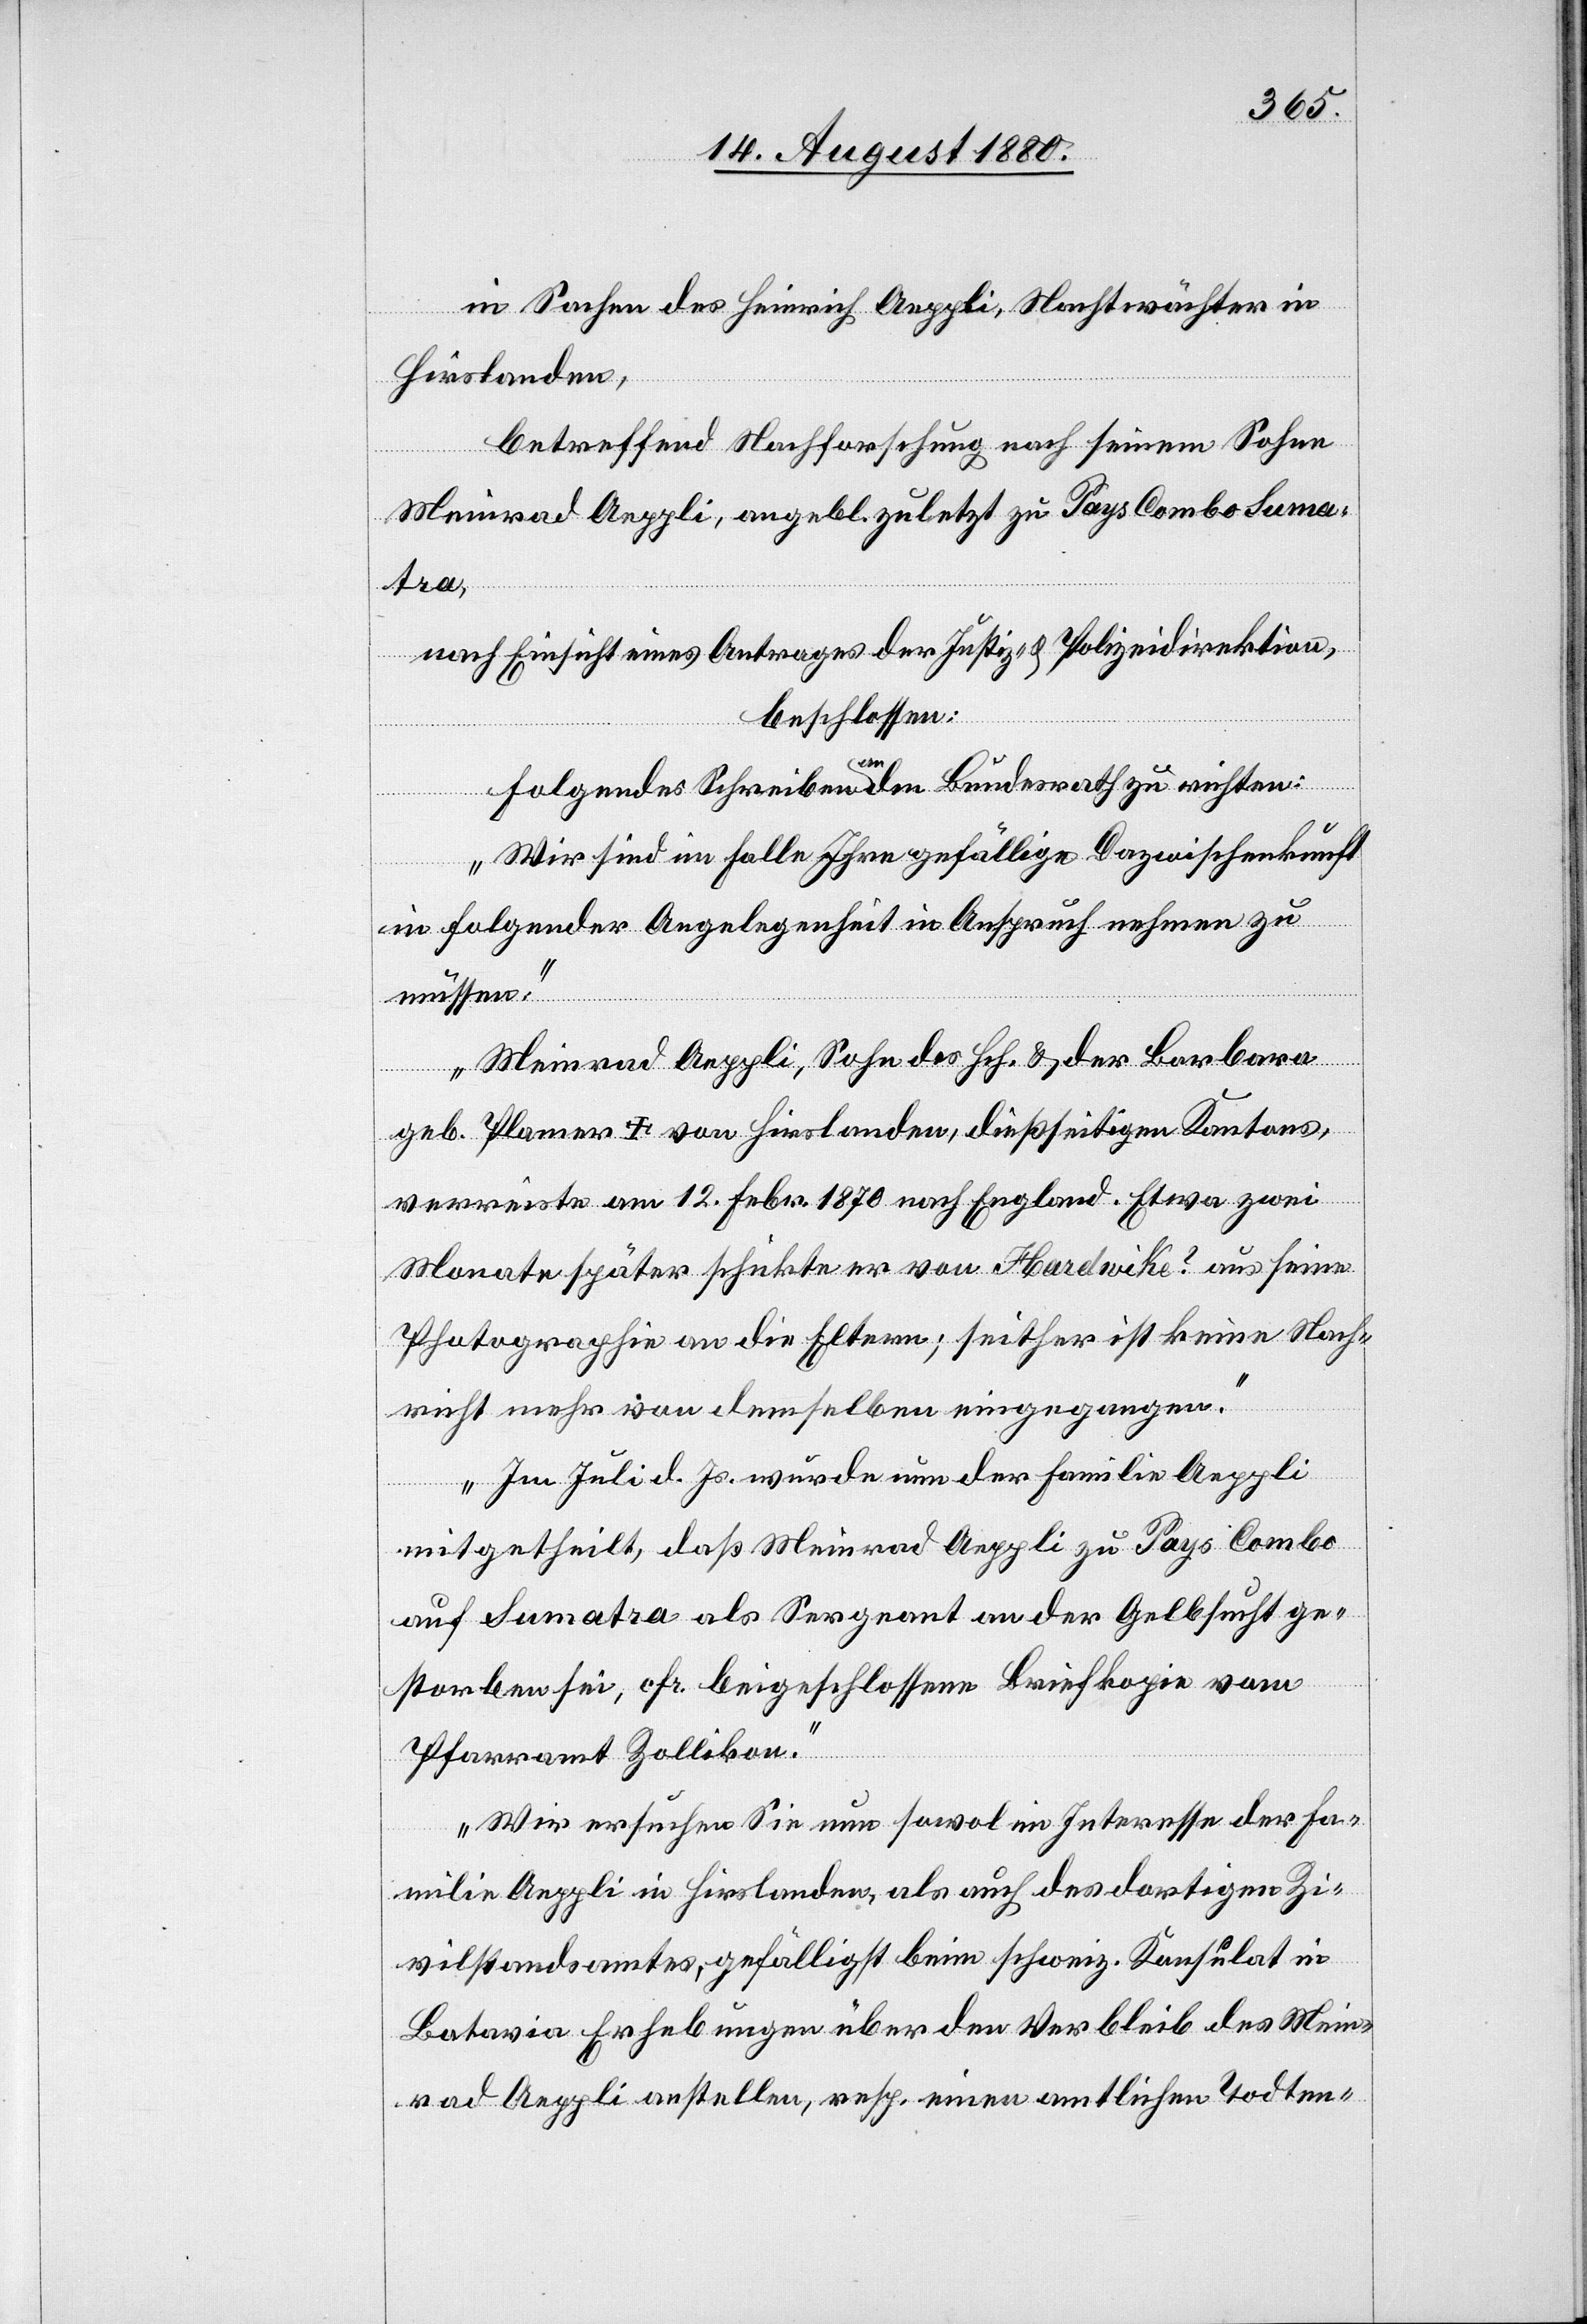
in Sachen des Heinrich Aeppli, Nächtwächter in
Hirslanden,
betreffend Nachforschung nach seinem Sohn
Meinrad Aeppli, angebl. zuletzt zu Pays Combo Suma¬
tra,
nach Einsicht eines Antrages der Justiz- & Polizeidirektion,
beschlossen:
folgendes Schreiben an den Bundesrath zu richten:
„Wir sind im Falle Ihre gefällige Dazwischenkunft
in folgender Angelegenheit in Anspruch nehmen zu
müssen.
Meinrad Aeppli, Sohn des Hch. & der Barbara
geb. Plamer † von Hirslanden, dießseitigen Kantons,
verreiste am 12. Febr. 1870 nach England. Etwa zwei
Monate später schickte er von Hardwik ? aus seine
Photographie an die Eltern; seither ist keine Nach¬
richt mehr von demselben eingegangen.
Im Juli d. Js. wurde nun der Familie Aeppli
mitgetheilt, daß Meinrad Aeppli zu Pays Combo
auf Sumatra als Sergeant an der Gelbsucht ge¬
storben sei, cfr. beigeschlossene Briefkopie vom
Pfarramt Zollikon.
Wir ersuchen Sie nun sowol im Interesse der Fa¬
milie Aeppli in Hirslanden, als auch des dortigen Zi¬
vilstandamtes, gefälligst beim schweiz. Konsulat in
Batavia Erhebungen über den Verbleib des Mein¬
rad Aeppli anstellen, resp. einen amtlichen Todten-